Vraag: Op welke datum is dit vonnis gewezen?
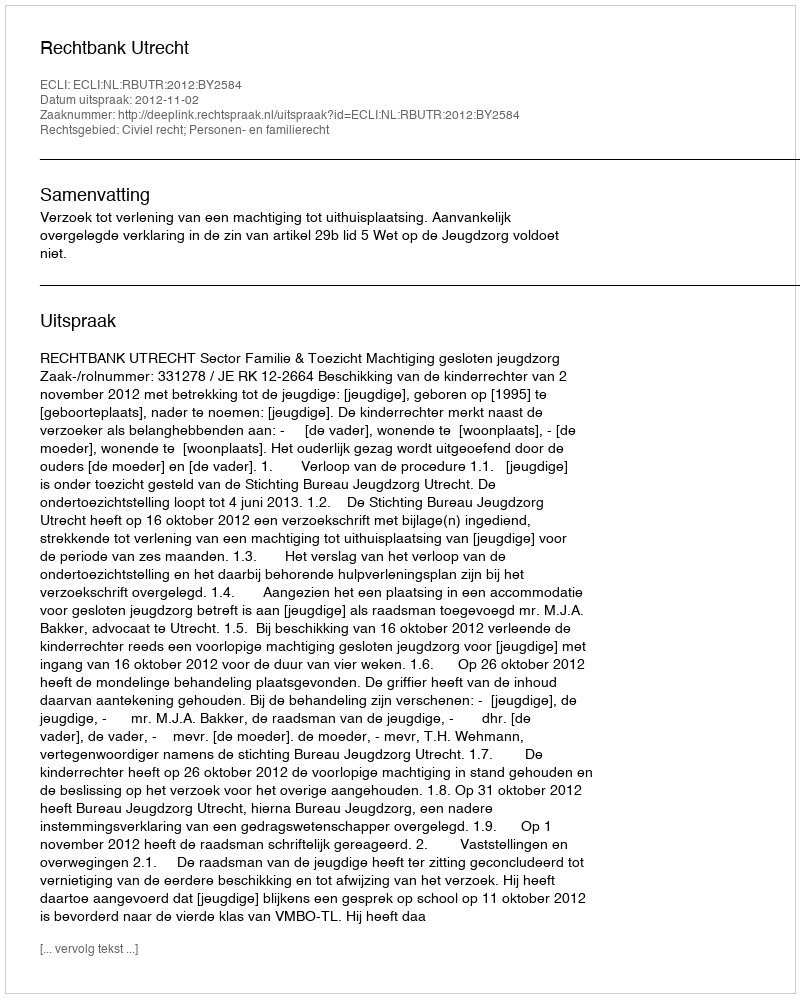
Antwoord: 2012-11-02